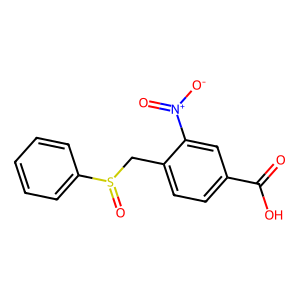
SMILES: O=C(O)c1ccc(CS(=O)c2ccccc2)c([N+](=O)[O-])c1
Inhibits HIV replication: No